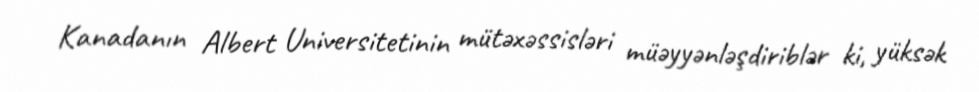
Kanadanın Albert Universitetinin mütəxəssisləri müəyyənləşdiriblər ki, yüksək